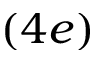
( 4 e )